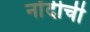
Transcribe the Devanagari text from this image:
नोंदीची